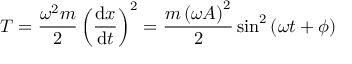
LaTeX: T = { \frac { \omega ^ { 2 } m } { 2 } } \left( { \frac { \mathrm { d } x } { \mathrm { d } t } } \right) ^ { 2 } = { \frac { m \left( \omega A \right) ^ { 2 } } { 2 } } \sin ^ { 2 } \left( \omega t + \phi \right)